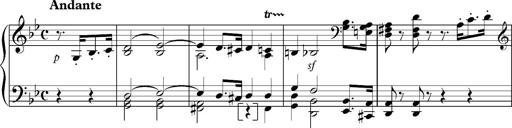
Title: Marche funÃ¨bre, S.226a
Composer: Franz Liszt
Key: G minor